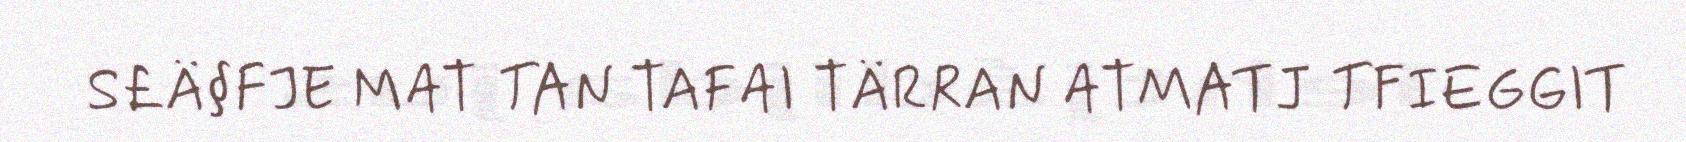
S£Ä§FJE MAT TAN TAFAI TÄRRAN ATMATJ TFIEGGIT